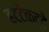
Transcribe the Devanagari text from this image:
हट्टेकट्टे